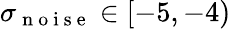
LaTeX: \sigma_{\mathrm{~n~o~i~s~e~}}\in[-5,-4)